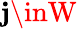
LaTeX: \mathbf{j}\inW